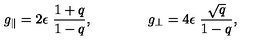
g _ { \parallel } = 2 \epsilon \ \frac { 1 + q } { 1 - q } , \qquad \qquad g _ { \perp } = 4 \epsilon \ \frac { \sqrt { q } } { 1 - q } ,